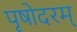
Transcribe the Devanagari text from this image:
पृषोदरम्